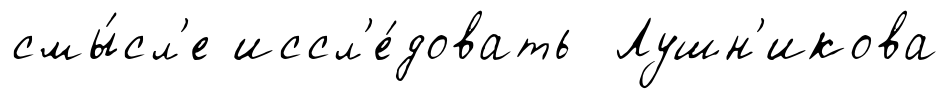
смы́сл'е иссл'е́довать Лушн'икова